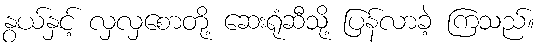
နွယ်နှင့် လှလှစောတို့ ဆေးရုံဆီသို့ ပြန်လာခဲ့ ကြသည်။